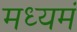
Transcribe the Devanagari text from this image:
मध्यमं